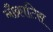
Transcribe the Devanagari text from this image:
नौक्राटिस